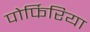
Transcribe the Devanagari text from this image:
पोर्फिरिया